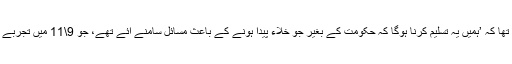
ان کا کہنا تھا کہ ’ہمیں یہ تسلیم کرنا ہوگا کہ حکومت کے بغیر جو خلاء پیدا ہونے کے باعث مسائل سامنے آئے تھے، جو 9\11 میں تجربے میں آئے ۔